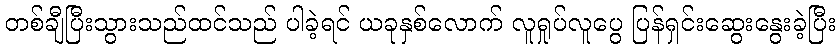
တစ်ချီပြီးသွားသည်ထင်သည် ပါခဲ့ရင် ယခုနှစ်လောက် လူရှုပ်လူပွေ ပြန်ရှင်းဆွေးနွေးခဲ့ပြီး